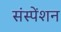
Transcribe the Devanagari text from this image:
संस्पेंशन